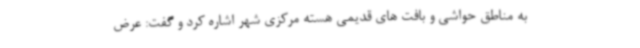
به مناطق حواشی و بافت های قدیمی هسته مرکزی شهر اشاره کرد و گفت: عرض